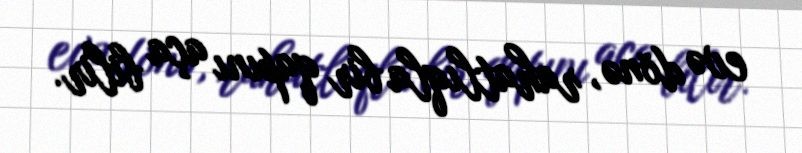
evə dönə, rahatlıqla bir qapını aça bilir.